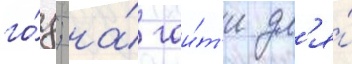
го́д; на́ гаи́т'и дл'я́